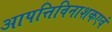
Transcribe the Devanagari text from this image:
आपत्तिविनाशकएवं